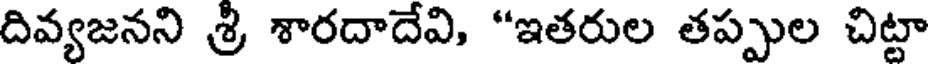
దివ్యజనని శ్రీ శారదాదేవి, "ఇతరుల తప్పుల చిట్టా